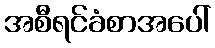
အစီရင်ခံစာအပေါ်